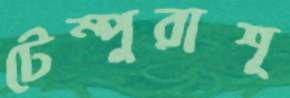
টেম্পুরাশূ